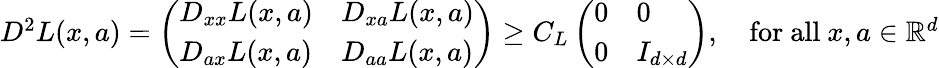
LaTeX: \begin{array}{r}{D^{2}L(x,a)=\left(\begin{array}{ll}{D_{xx}L(x,a)}&{D_{xa}L(x,a)}\\ {D_{ax}L(x,a)}&{D_{aa}L(x,a)}\end{array}\right)\geq C_{L}\left(\begin{array}{ll}{0}&{0}\\ {0}&{I_{d\times d}}\end{array}\right),\quad\mathrm{for~all~}x,a\in{\mathbb R}^{d}}\end{array}